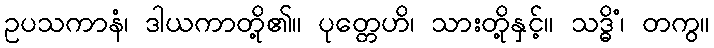
ဥပသကာနံ၊ ဒါယကာတို့၏။ ပုတ္တေဟိ၊ သားတို့နှင့်။ သဒ္ဓိံ၊ တကွ။